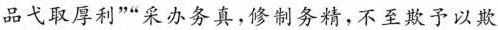
品弋取厚利””采办务真，修制务精，不至欺予以欺